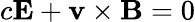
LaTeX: c\mathbf{E}+\mathbf{v}\times\mathbf{B}=0